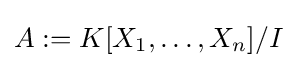
A:=K[X_{1},\dots ,X_{n}]/I